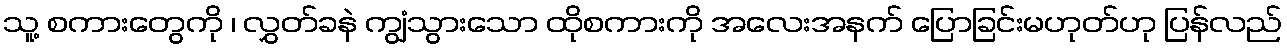
သူ့ စကားတွေကို ၊ လွှတ်ခနဲ ကျွံသွားသော ထိုစကားကို အလေးအနက် ပြောခြင်းမဟုတ်ဟု ပြန်လည်